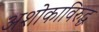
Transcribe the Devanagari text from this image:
अशोकाविरुद्ध